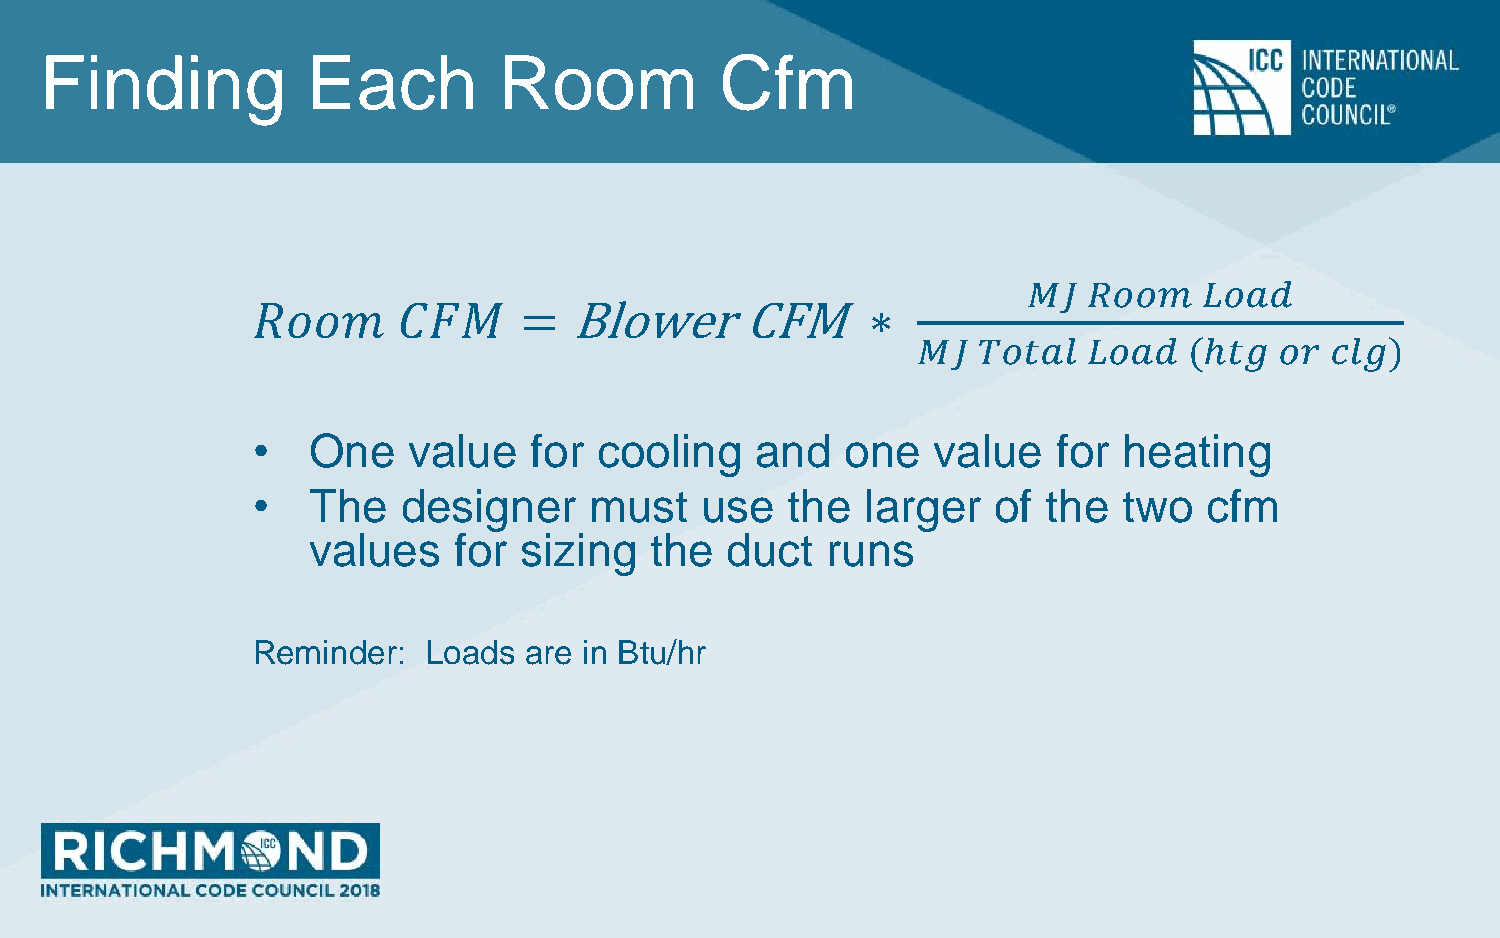
Finding          Each         Room           Cfm
 𝑀𝐽  𝑅𝑜𝑜𝑚    𝐿𝑜𝑎𝑑
 𝑅𝑜𝑜𝑚     𝐶𝐹𝑀     =   BlowerCFM           ∗
 𝑀𝐽  𝑇𝑜𝑡𝑎𝑙  𝐿𝑜𝑎𝑑   (ℎ𝑡𝑔  𝑜𝑟 𝑐𝑙𝑔)
 •  One    value   for  cooling   and   one   value   for heating
 •  The    designer    must   use   the  larger   of the  two   cfm
 values    for sizing   the  duct   runs
 Reminder:  Loads  are in Btu/hr